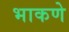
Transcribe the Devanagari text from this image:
भाकणे